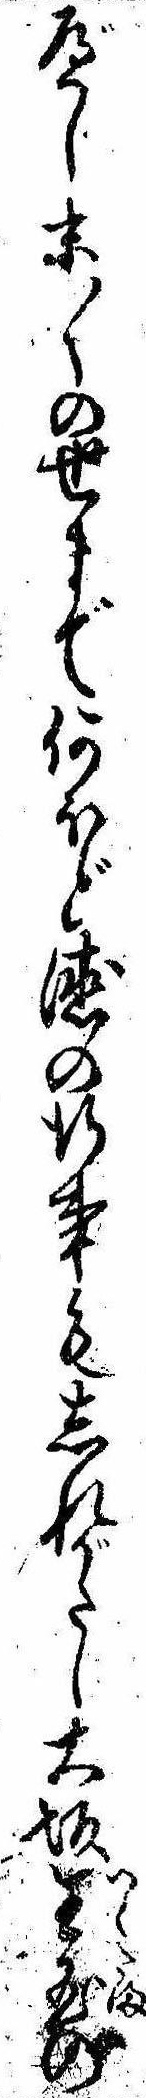
べし末〱の世まで何ほど徳の行事もしれがたし大坂生玉の